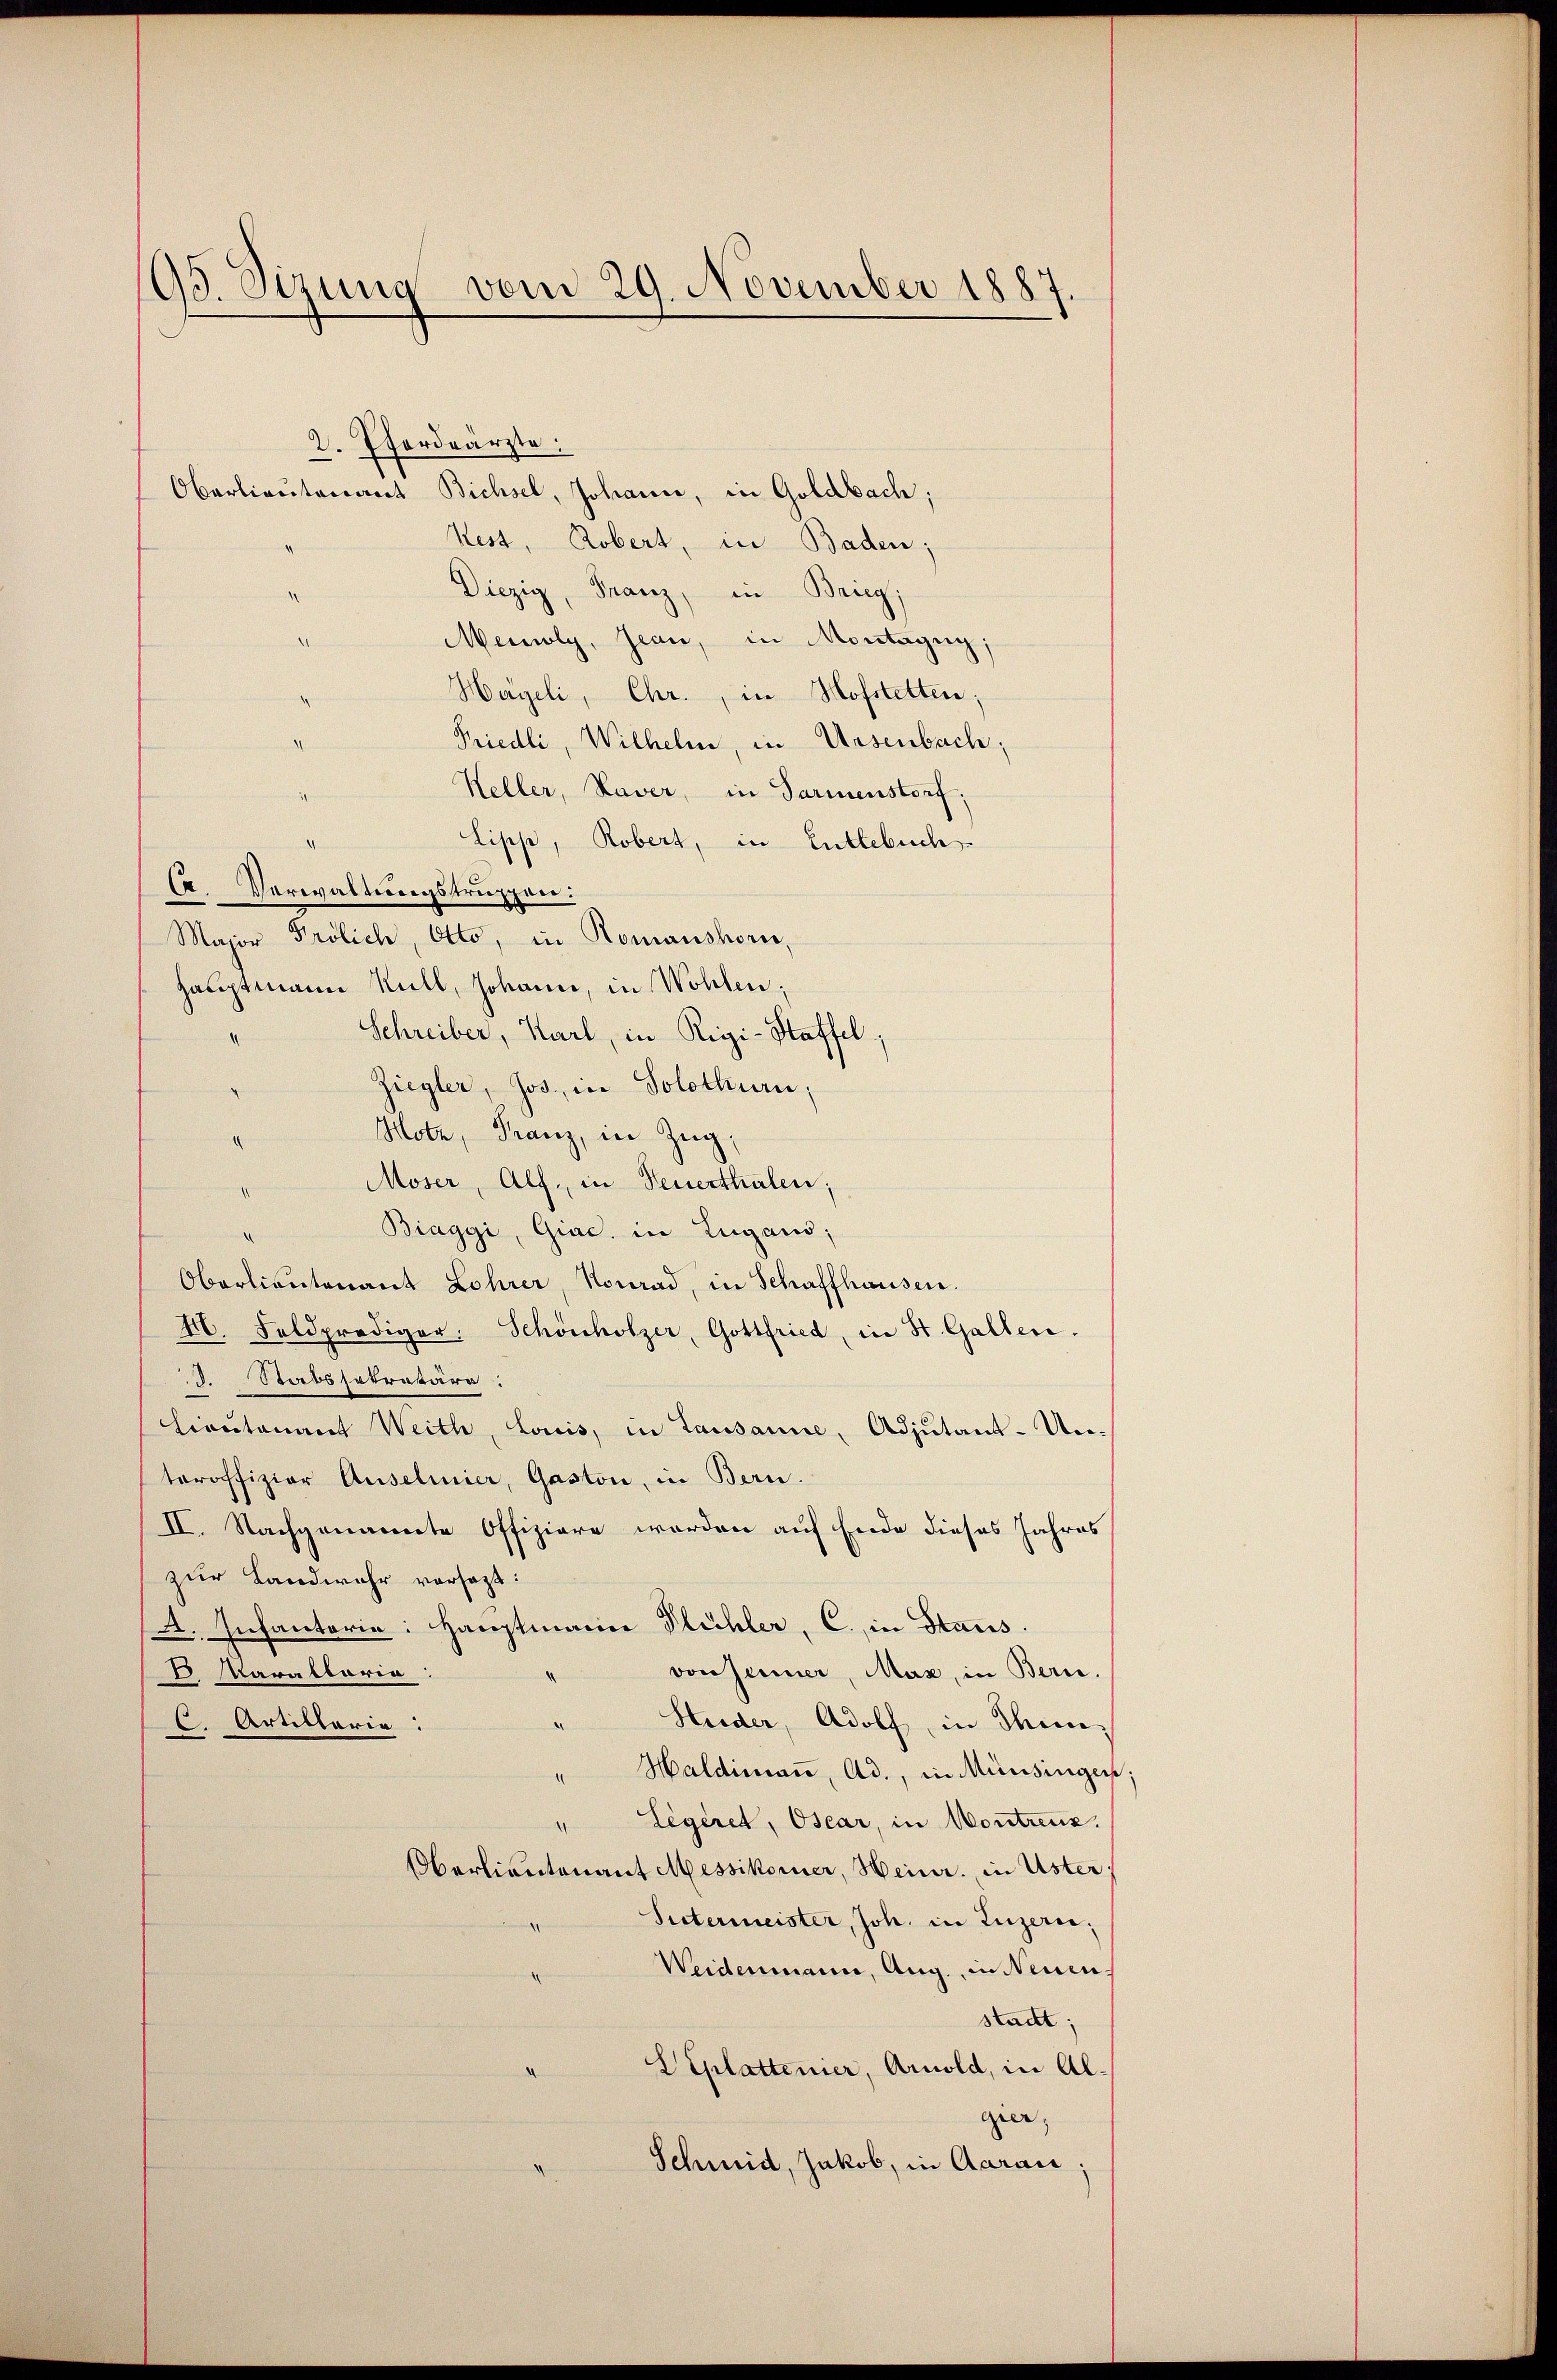
195. Sizung
vom 29. November 1887.

2. Pferdeärzte:
Oberlieutenant Bichsel, Johann, in Goldbach;
Kest, Robert, in Baden;
Diezig, Franz, in Brieg
Meioly, Jean, in Montagng;
Hageli, Chr., in Hofstelten;
Friedli, Wilhelm, in Ursenbach;
Keller, Kaver, in Parmenstorf:
Lipp, Robert, in Entlebuch
C. Verwaltungstruppen:
Major Frölich, Otto, in Romanshorn,
Hauptmann Kull, Johann, in Wohlen;
Schreiber, Karl, in Rigi-Haffel;
Ziegler, Jos., in Solothurn,
Motz, Franz, in Zug,
Moser, Alf, in Feuerthalen;
Biaggi, Giac. in Lugano,
Obertientenant Lohrer, Konrad, in Schaffhausen.
M. Feldprediger, Schönholzer, Gottfried, in St. Gallen.
d. Stabshatratära:
Lieutenant Weith, Louis, in Lausanne, Adjutant-Unteroffizier Anselmier, Gaston, in Bern
II. Nachgenannte Offiziere werden auf Ende dieses Jahres
zur Landwehr versagt:
A. Infanterie: Hauptmann Flühler, C. in Staus
von Jenner, Maz, in Bern.
 Parallaria
Heider, Adolf, in Thun,
.
C Artillaria
Haldimaṅ, Ad., in Münsingen
Legeret, Oscar, in Kontrenz.
Oberlieutenant Messikomer, Heinr. in Uster,
Sutermeister, Joh. in Luzern,
Weidenmann, Aug., in Neuen
stadt:
SEplattenier, Arnold, in Algier,
Schmid, Jakob, in Aarau;